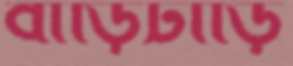
বাড়িটাড়ি